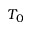
T _ { 0 }